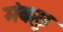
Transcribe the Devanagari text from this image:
मंकछु